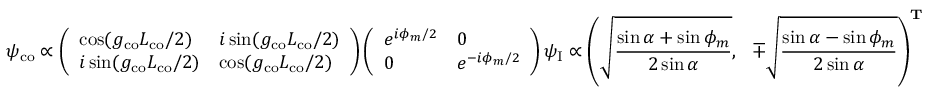
\psi _ { \mathrm { c o } } \propto \left( \begin{array} { l l } { \cos ( g _ { \mathrm { c o } } L _ { \mathrm { c o } } / 2 ) } & { i \sin ( g _ { \mathrm { c o } } L _ { \mathrm { c o } } / 2 ) } \\ { i \sin ( g _ { \mathrm { c o } } L _ { \mathrm { c o } } / 2 ) } & { \cos ( g _ { \mathrm { c o } } L _ { \mathrm { c o } } / 2 ) } \end{array} \right) \left( \begin{array} { l l } { e ^ { i \phi _ { m } / 2 } } & { 0 } \\ { 0 } & { e ^ { - i \phi _ { m } / 2 } } \end{array} \right) \psi _ { \mathrm { I } } \propto \left( \sqrt { \frac { \sin \alpha + \sin \phi _ { m } } { 2 \sin \alpha } } , \ \ \mp \sqrt { \frac { \sin \alpha - \sin \phi _ { m } } { 2 \sin \alpha } } \right) ^ { \mathbf { T } }